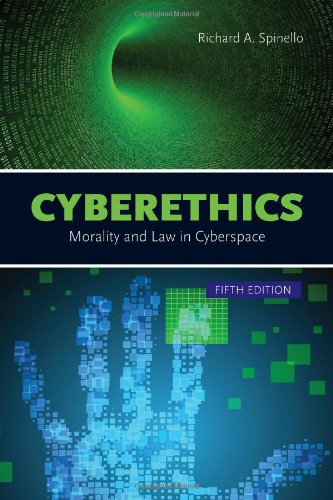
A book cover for Cyberethics: Morality And Law In Cyberspace; Richard Spinello; Computers & Technology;